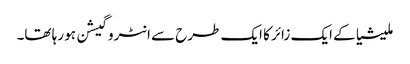
ملیشیا کے ایک زائر کا ایک طرح سے انٹروگیشن ہو رہا تھا۔